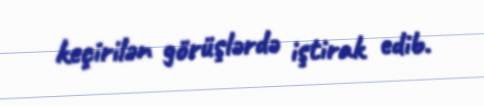
keçirilən görüşlərdə iştirak edib.